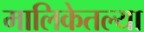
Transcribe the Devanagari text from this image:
मालिकेतल्या